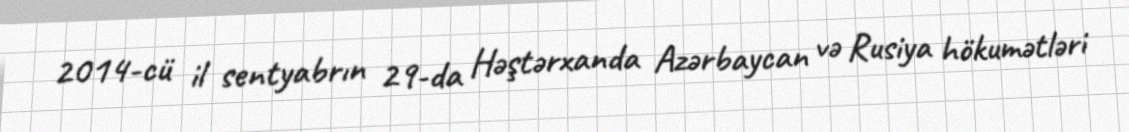
2014-cü il sentyabrın 29-da Həştərxanda Azərbaycan və Rusiya hökumətləri